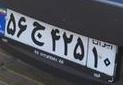
۵۶ج۴۲۵۱۰